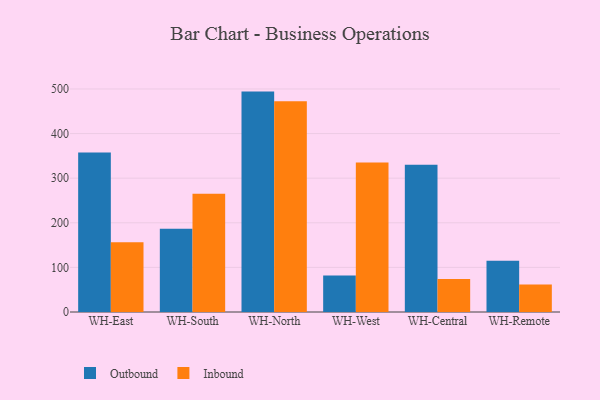
{"axis": {"x": "Warehouse", "y": "Revenue (USD Million)"}, "legend": ["Inbound", "Outbound"], "data": [{"x": "WH-East", "y": 357.8, "type": "Outbound"}, {"x": "WH-East", "y": 156.2, "type": "Inbound"}, {"x": "WH-South", "y": 186.9, "type": "Outbound"}, {"x": "WH-South", "y": 265.1, "type": "Inbound"}, {"x": "WH-North", "y": 494.1, "type": "Outbound"}, {"x": "WH-North", "y": 472.4, "type": "Inbound"}, {"x": "WH-West", "y": 82.0, "type": "Outbound"}, {"x": "WH-West", "y": 335.1, "type": "Inbound"}, {"x": "WH-Central", "y": 329.9, "type": "Outbound"}, {"x": "WH-Central", "y": 74.2, "type": "Inbound"}, {"x": "WH-Remote", "y": 114.9, "type": "Outbound"}, {"x": "WH-Remote", "y": 61.6, "type": "Inbound"}]}